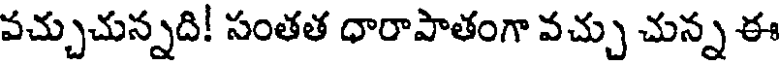
వచ్చుచున్నది! సంతత ధారాపాతంగా వచ్చు చున్న ఈ